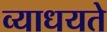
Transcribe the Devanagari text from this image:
व्याधयते